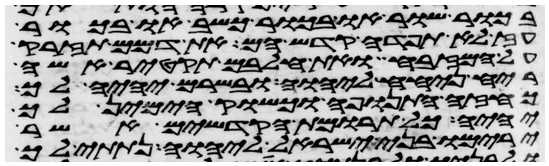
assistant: בכור שור או בכור כשב או בכור
עז לא תפדה קדש הם את דמם תזרק
על המזבח ואת חלבם תקטיר אשה
ריח ניחח ליהוה ובשרם יהיה לך
כחזה התנופה וכשוק הימין לך
יהיה כל תרומת הקדשים אשר
ירימו בני ישראל ליהוה נתתי לך